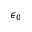
\epsilon _ { 0 }